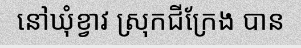
នៅឃុំខ្វាវ ស្រុកជីក្រែង បាន